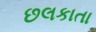
છલકાતા